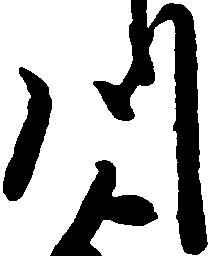
川